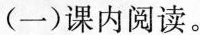
(一)课内阅读。